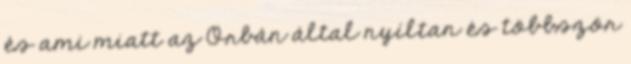
és ami miatt az Orbán által nyíltan és többször